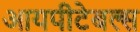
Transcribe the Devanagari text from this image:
आयपीटेबल्स